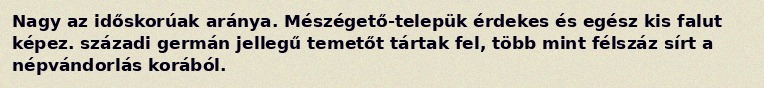
Nagy az időskorúak aránya. Mészégető-telepük érdekes és egész kis falut képez. századi germán jellegű temetőt tártak fel, több mint félszáz sírt a népvándorlás korából.